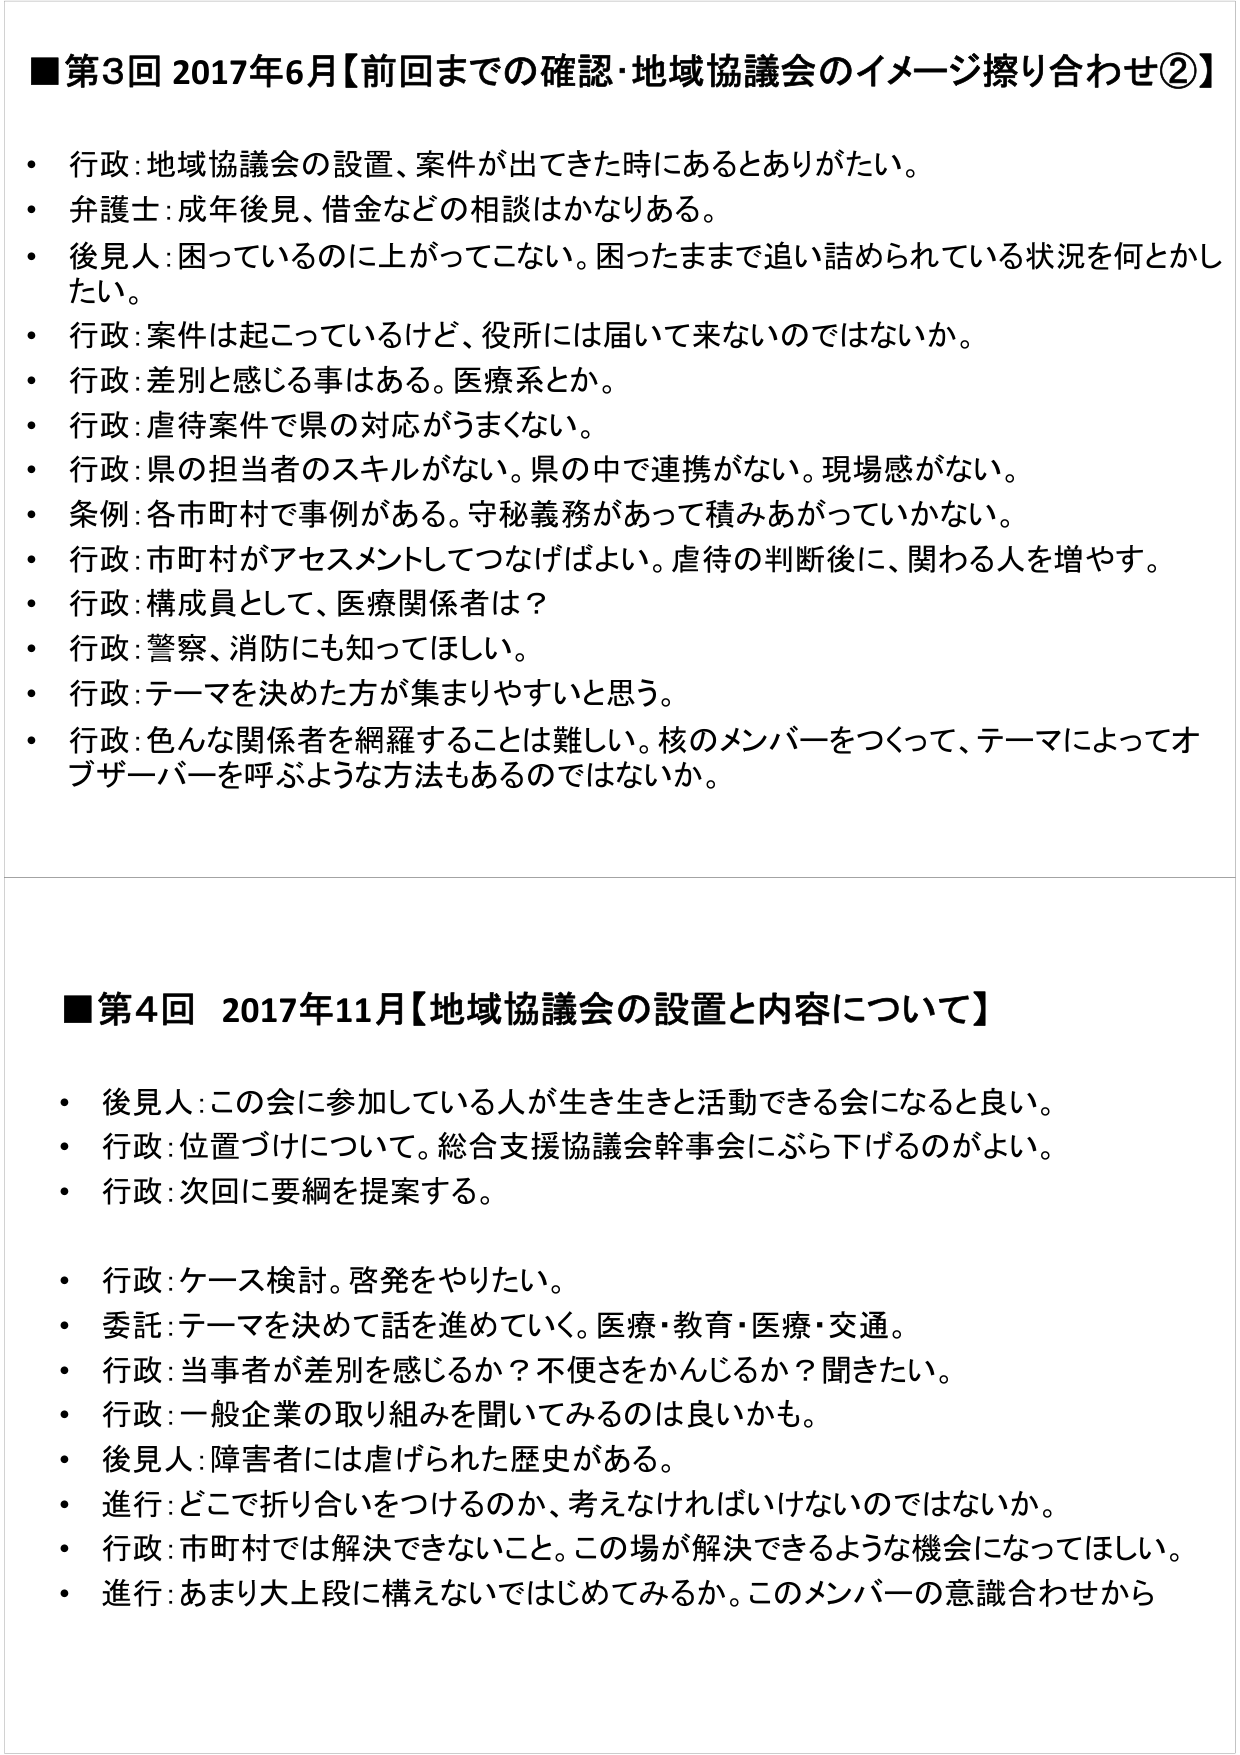
■第3回 2017年6月【前回までの確認・地域協議会のイメージ擦り合わせ②】
・ 行政：地域協議会の設置、案件が出てきた時にあるとありがたい。
・ 弁護士：成年後見、借金などの相談はかなりある。
・ 後見人：困っているのに上がってこない。困ったままで追い詰められている状況を何とかしたい。
・ 行政：案件は起こっているけど、役所には届いて来ないのではないか。
・ 行政：差別と感じる事はある。医療系とか。
・ 行政：虐待案件で県の対応がうまくない。
・ 行政：県の担当者のスキルがない。県の中で連携がない。現場感がない。
・ 条例：各市町村で事例がある。守秘義務があって積みあがっていかない。
・ 行政：市町村がアセスメントしてつなげばよい。虐待の判断後に、関わる人を増やす。
・ 行政：構成員として、医療関係者は？
・ 行政：警察、消防にも知ってほしい。
・ 行政：テーマを決めた方が集まりやすいと思う。
・ 行政：色んな関係者を網羅することは難しい。核のメンバーをつくって、テーマによってオブザーバーを呼ぶような方法もあるのではないか。

■第4回 2017年11月【地域協議会の設置と内容について】
・ 後見人：この会に参加している人が生き生きと活動できる会になると良い。
・ 行政：位置づけについて。総合支援協議会幹事会にぶら下げるのがよい。
・ 行政：次回に要綱を提案する。
・ 行政：ケース検討。啓発をやりたい。
・ 委託：テーマを決めて話を進めていく。医療・教育・医療・交通。
・ 行政：当事者が差別を感じるか？不便さをかんじるか？聞きたい。
・ 行政：一般企業の取り組みを聞いてみるのは良いかも。
・ 後見人：障害者には虐げられた歴史がある。
・ 進行：どこで折り合いをつけるのか、考えなければならないのではないか。
・ 行政：市町村では解決できないこと。この場が解決できるような機会になってほしい。
・ 進行：あまり大上段に構えないではじめてみるか。このメンバーの意識合わせから